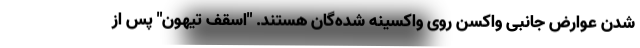
شدن عوارض جانبی واکسن روی واکسینه شده‌گان هستند. "اسقف تیهون" پس از